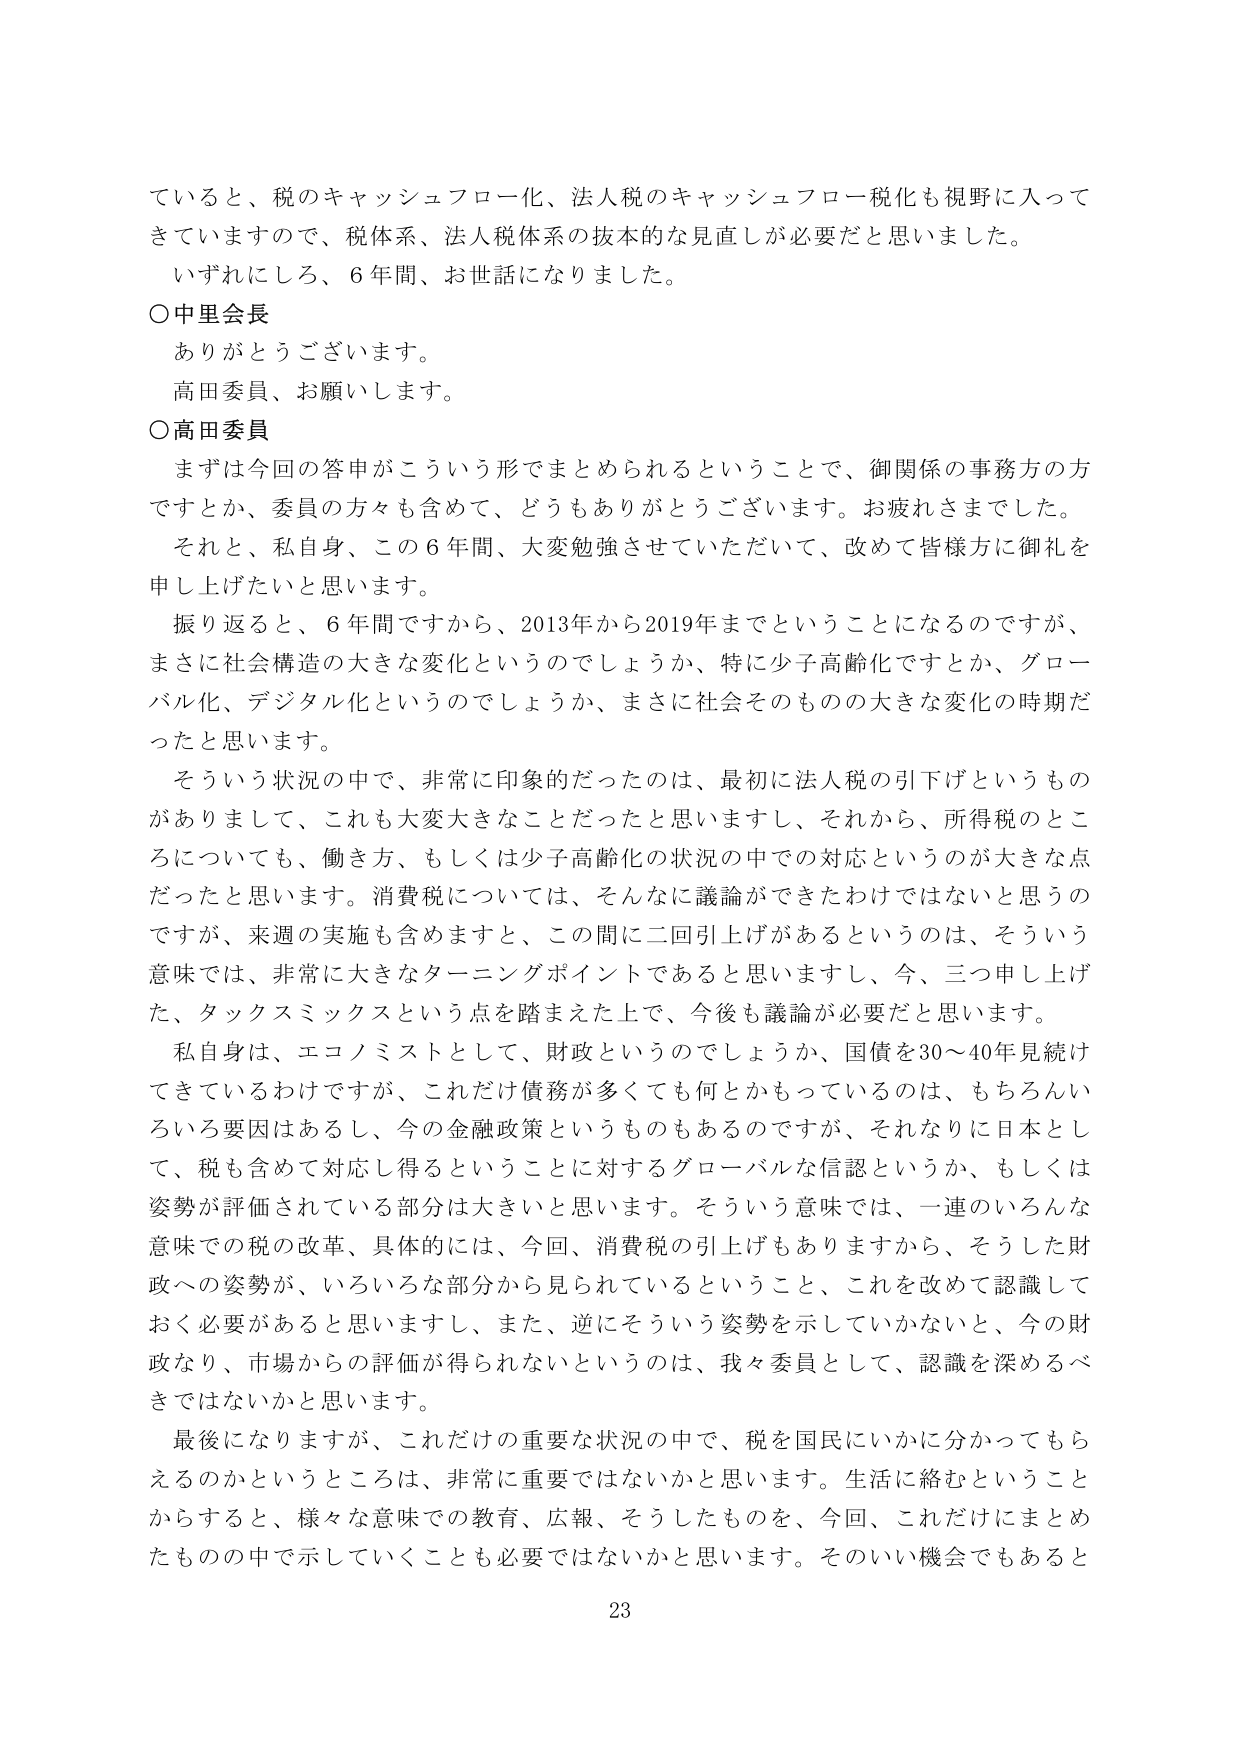
ていると、税のキャッシュフロー化、法人税のキャッシュフロー税化も視野に入って
きていますので、税体系、法人税体系の抜本的な見直しが必要だと思いました。
いずれにしろ、6年間、お世話になりました。
〇中里会長
ありがとうございます。
高田委員、お願いします。
〇高田委員
まずは今回の答申がこういう形でまとめられるということで、御関係の事務方の方
ですとか、委員の方々も含めて、どうもありがとうございます。お疲れさまでした。
それと、私自身、この6年間、大変勉強させていただいて、改めて皆様方に御礼を
申し上げたいと思います。
振り返ると、6年間ですから、2013年から2019年までということになるのですが、
まさに社会構造の大きな変化というのでしょうか、特に少子高齢化ですとか、グロー
バル化、デジタル化というのでしょうか、まさに社会そのものの大きな変化の時期だ
ったと思います。
そういう状況の中で、非常に印象的だったのは、最初に法人税の引下げというもの
がありまして、これも大変大きなことだったと思いますし、それから、所得税のとこ
ろについても、働き方、もしくは少子高齢化の状況の中での対応というのが大きな点
だったと思います。消費税については、そんなに議論ができたわけではないと思うの
ですが、来週の実施も含めますと、この間に二回引上げがあるというのは、そういう
意味では、非常に大きなターニングポイントであると思いますし、今、三つ申し上げ
た、タックスミックスという点を踏まえた上で、今後も議論が必要だと思います。
私自身は、エコノミストとして、財政というのでしょうか、国債を30～40年見続け
てきているわけですが、これだけ債務が多くても何とかもっているのは、もちろんい
ろいろ要因はあるし、今の金融政策というのもあるのですが、それなりに日本とし
て、税も含めて対応し得るということに対するグローバルな信認というか、もしくは
姿勢が評価されている部分は大きいと思います。そういう意味では、一連のいろんな
意味での税の改革、具体的には、今回、消費税の引上げもありますから、そうした財
政への姿勢が、いろいろな部分から見られているということ、これを改めて認識して
おく必要があると思いますし、また、逆にそういう姿勢を示していかないと、今の財
政なり、市場からの評価が得られないというのは、我々委員として、認識を深めるべ
きではないかと思います。
最後になりますが、これだけの重要な状況の中で、税を国民にいかに分かってもら
えるのかというところは、非常に重要ではないかと思います。生活に絡むということ
からすると、様々な意味での教育、広報、そうしたものを、今回、これだけにまとめ
たものの中で示していくことも必要ではないかと思います。そのいい機会でもあると
23